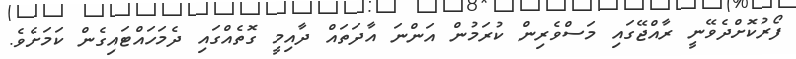
ފޯރުކޮށްދެވޭނީ ރާއްޖޭގައި މަސްވެރިން ކުރަމުން އަންނަ އާދަތައް ދާއިމީ ގޮތެއްގައި ދެމަހައްޓައިގެން ކަމަށެވެ.